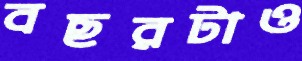
বছরটাও